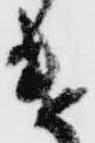
遣